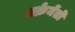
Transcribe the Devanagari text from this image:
सक्रेमेंतो